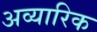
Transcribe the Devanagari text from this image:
अव्यारिक